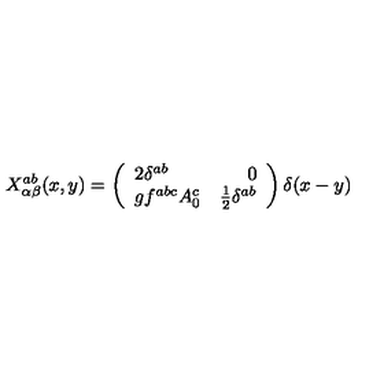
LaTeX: X _ { \alpha \beta } ^ { a b } ( x , y ) = \left( \begin{array} { l r } { 2 \delta ^ { a b } } & { 0 \nonumber } \\ { g f ^ { a b c } A _ { 0 } ^ { c } } & { \frac { 1 } { 2 } \delta ^ { a b } \nonumber } \\ \end{array} \right) \delta ( x - y )